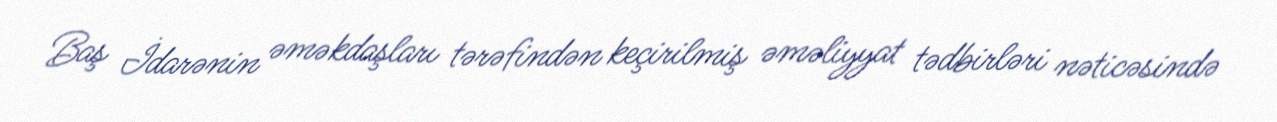
Baş İdarənin əməkdaşları tərəfindən keçirilmiş əməliyyat tədbirləri nəticəsində